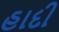
હાદી